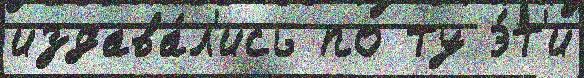
издава́л'ись по ту э́т'и